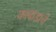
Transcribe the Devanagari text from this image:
काबाडाचे